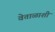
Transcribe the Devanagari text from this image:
वेताळाशी